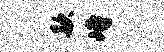
款峙